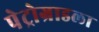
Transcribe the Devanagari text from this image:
पेट्रोग्राडला